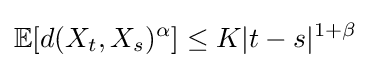
\mathbb {E} [d(X_{t},X_{s})^{\alpha }]\leq K|t-s|^{1+\beta }